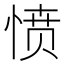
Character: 愤